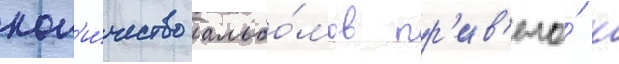
кол'и́чество альбо́мов пр'ив'ело́ к